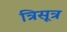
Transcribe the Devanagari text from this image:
त्रिसूत्र